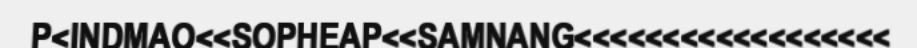
P<INDMAO<<SOPHEAP<<SAMNANG<<<<<<<<<<<<<<<<<<